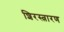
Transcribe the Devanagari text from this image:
शिरस्त्रारण